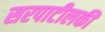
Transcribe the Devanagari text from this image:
सरपाटीलकी